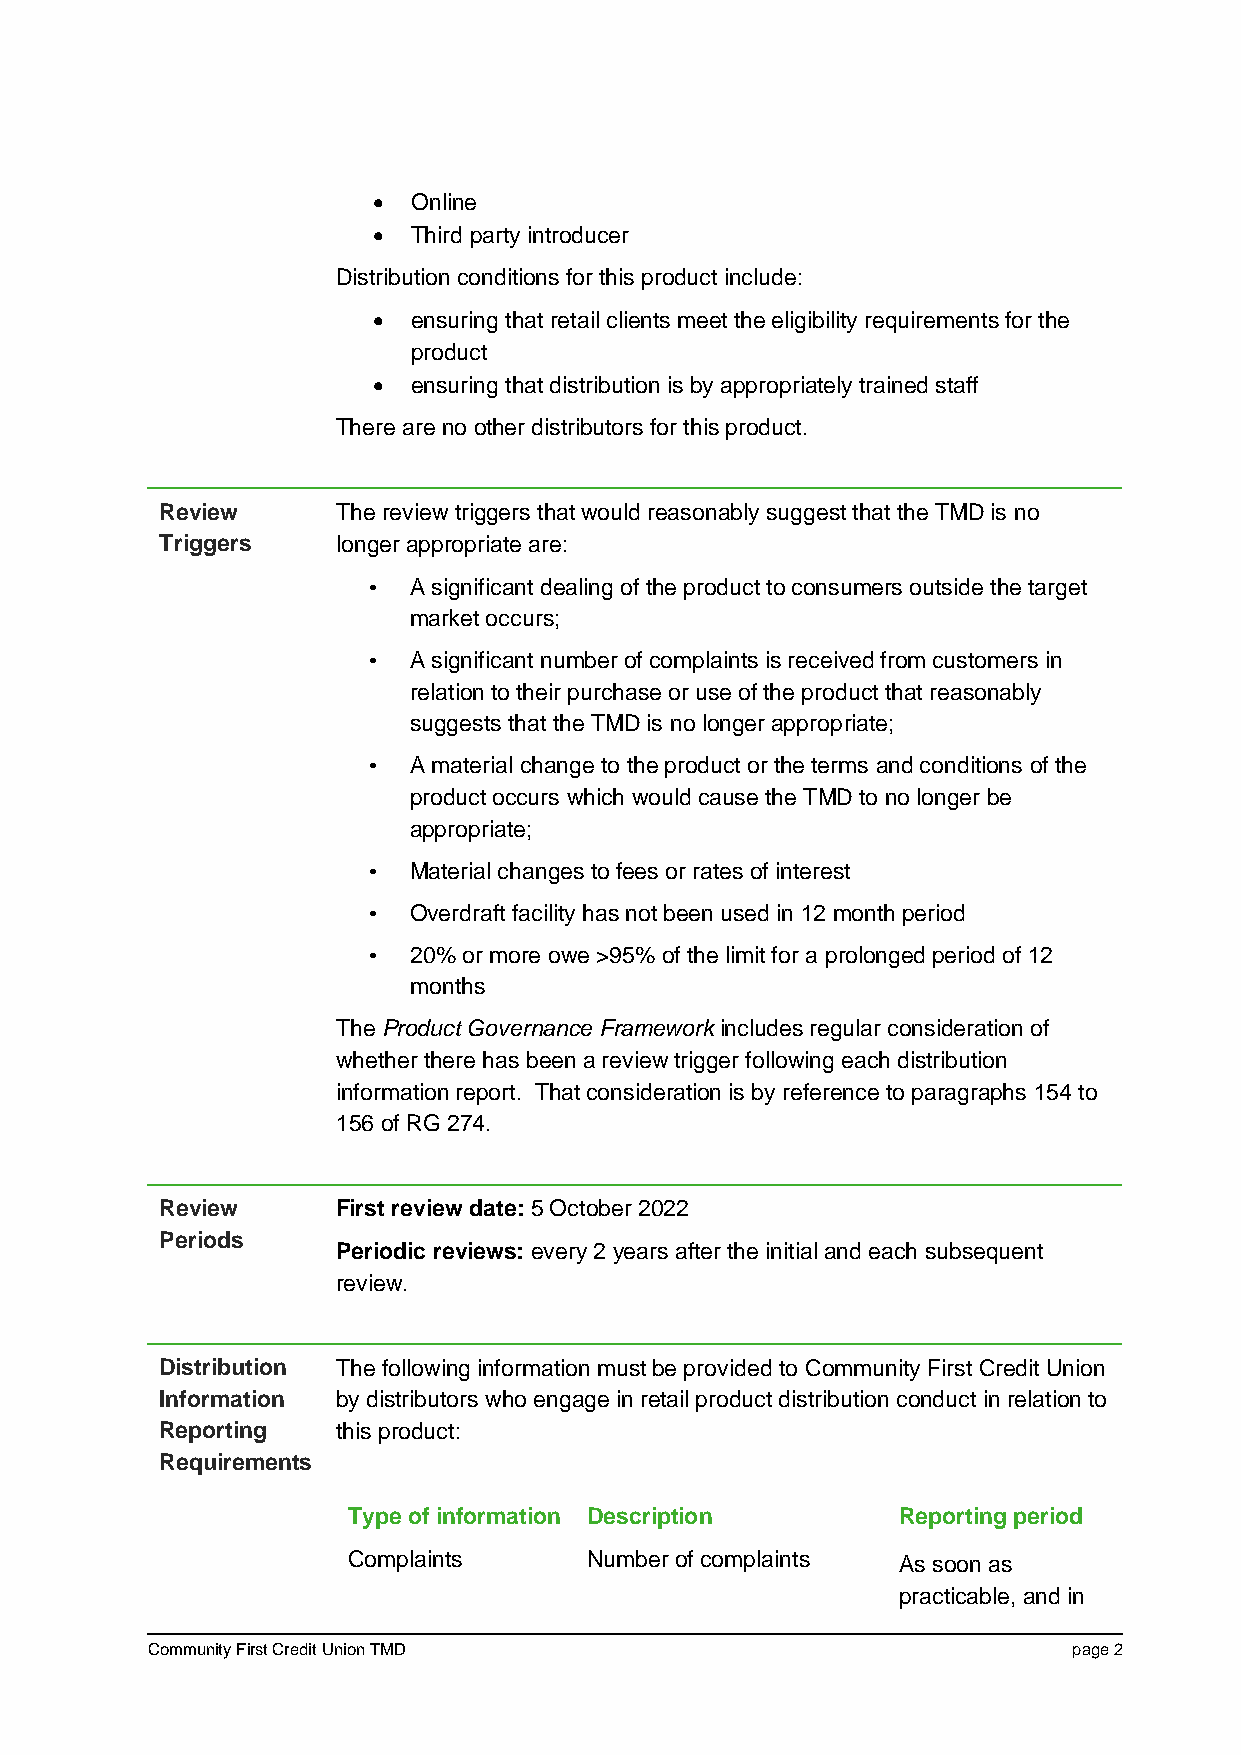
 Online
  Third party introducer
 Distribution conditions for this product include:
  ensuring that retail clients meet the eligibility requirements for the
 product
  ensuring that distribution is by appropriately trained staff
 There are no other distributors for this product.
 Review     The review triggers that would reasonably suggest that the TMD is no
 Triggers   longer appropriate are:
 •  A significant dealing of the product to consumers outside the target
 market occurs;
 •  A significant number of complaints is received from customers in
 relation to their purchase or use of the product that reasonably
 suggests that the TMD is no longer appropriate;
 •  A material change to the product or the terms and conditions of the
 product occurs which would cause the TMD to no longer be
 appropriate;
 •  Material changes to fees or rates of interest
 •  Overdraft facility has not been used in 12 month period
 •  20% or more owe >95% of the limit for a prolonged period of 12
 months
 The Product Governance Framework includes regular consideration of
 whether there has been a review trigger following each distribution
 information report. That consideration is by reference to paragraphs 154 to
 156 of RG 274.
 Review     First review date: 5 October 2022
 Periods
 Periodic reviews: every 2 years after the initial and each subsequent
 review.
 Distribution The following information must be provided to Community First Credit Union
 Information by distributors who engage in retail product distribution conduct in relation to
 Reporting  this product:
 Requirements
 Type of information Description     Reporting period
 Complaints      Number of complaints As soon as
 practicable, and in
 Community First Credit Union TMD                             page 2